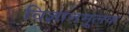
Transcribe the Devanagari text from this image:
विज्ञानमूलक